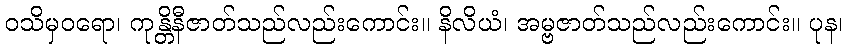
ဝသိမှဝရော၊ ကုန္တိနီဇာတ်သည်လည်းကောင်း။ နိလိယံ၊ အမ္ဗဇာတ်သည်လည်းကောင်း။ ပုန၊